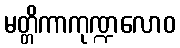
မတ္တိကာကုဏ္ဍလောဝ